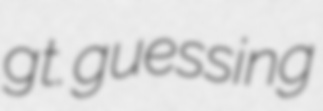
gt. guessing